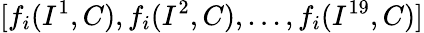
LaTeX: [f_{i}(I^{1},C),f_{i}(I^{2},C),...,f_{i}(I^{19},C)]